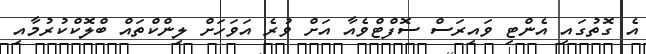
އެ ގޮތުގައި އެންޓި ވައިރަސް ސޮފްޓްވެއާ އަށް ވުރެ އަވަހަށް ލިންކްތައް ބްލޮކްކުރުމާއި